Indian journal of veterinary science and animal husbandry - Volume 6,
Year: 1936
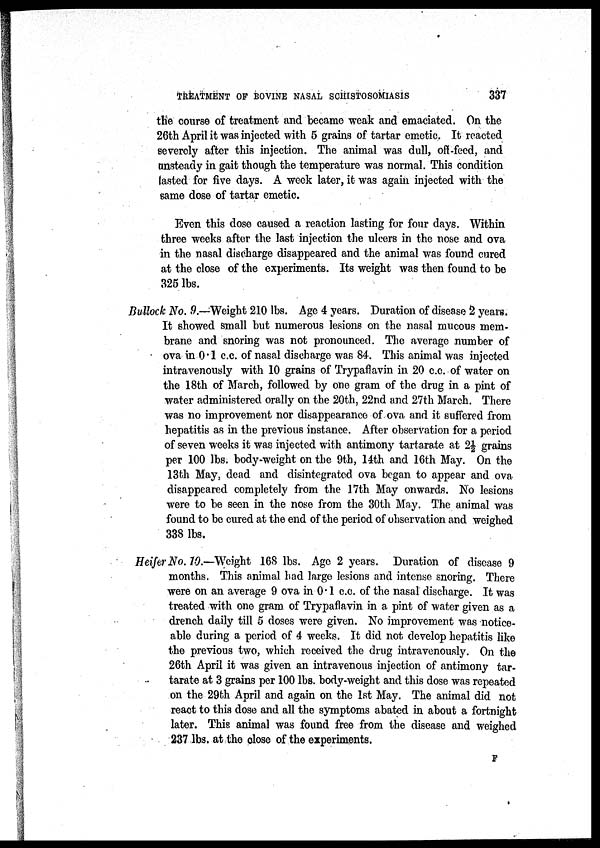
TREATMENT OF BOVINE NASAL SCHISTOSOMIASIS
337
the course of treatment and became weak and emaciated. On the
26th April it was injected with 5 grains of tartar emetic. It reacted
severely after this injection. The animal was dull, off-feed, and
unsteady in gait though the temperature was normal. This condition
lasted for five days. A week later, it was again injected with the
same dose of tartar emetic.
Even this dose caused a reaction lasting for four days. Within
three weeks after the last injection the ulcers in the nose and ova
in the nasal discharge disappeared and the animal was found cured
at the close of the experiments. Its weight was then found to be
325 lbs.
Bullock No. 9.—Weight 210 lbs. Age 4 years. Duration of disease 2 years.
It showed small but numerous lesions on the nasal mucous mem-
brane and snoring was not pronounced. The average number of
ova in 0.1 c.c. of nasal discharge was 84. This animal was injected
intravenously with 10 grains of Trypaflavin in 20 c.c. of water on
the 18th of March, followed by one gram of the drug in a pint of
water administered orally on the 20th, 22nd and 27th March. There
was no improvement nor disappearance of ova and it suffered from
hepatitis as in the previous instance. After observation for a period
of seven weeks it was injected with antimony tartarate at 2½ grains
per 100 lbs. body-weight on the 9th, 14th and 16th May. On the
13th May, dead and disintegrated ova began to appear and ova
disappeared completely from the 17th May onwards. No lesions
were to be seen in the nose from the 30th May. The animal was
found to be cured at the end of the period of observation and weighed
338 lbs.
Heifer No. 10.—Weight 168 lbs. Age 2 years. Duration of disease 9
months. This animal had large lesions and intense snoring. There
were on an average 9 ova in 0.1 c.c. of the nasal discharge. It was
treated with one gram of Trypaflavin in a pint of water given as a
drench daily till 5 doses were given. No improvement was notice-
able during a period of 4 weeks. It did not develop hepatitis like
the previous two, which received the drug intravenously. On the
26th April it was given an intravenous injection of antimony tar-
tarate at 3 grains per 100 lbs. body-weight and this dose was repeated
on the 29th April and again on the 1st May. The animal did not
react to this dose and all the symptoms abated in about a fortnight
later. This animal was found free from the disease and weighed
237 lbs. at the close of the experiments.
F